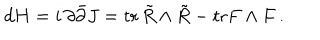
d H = i \, \partial \bar { \partial } J = \mathrm { t r } \, \tilde { R } \wedge \tilde { R } - \mathrm { t r } F \wedge F \, .